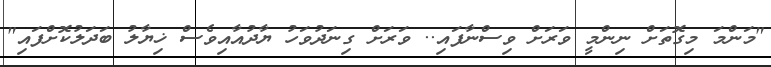
"މަންމަ މިގޮތަށް ނިންމީ ވަރަށް ވިސްނާފައި.. ވަރަށް ގިނަދުވަހު ޔާދުއާއިވެސް ޚިޔާލު ބަދަލުކޮށްފައި"